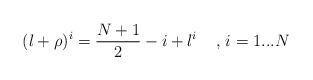
LaTeX: \begin{align*}(l+\rho)^{i}=\frac{N+1}{2}-i+l^{i} \;\;\;\; \mbox{, $i=1...N$}\end{align*}